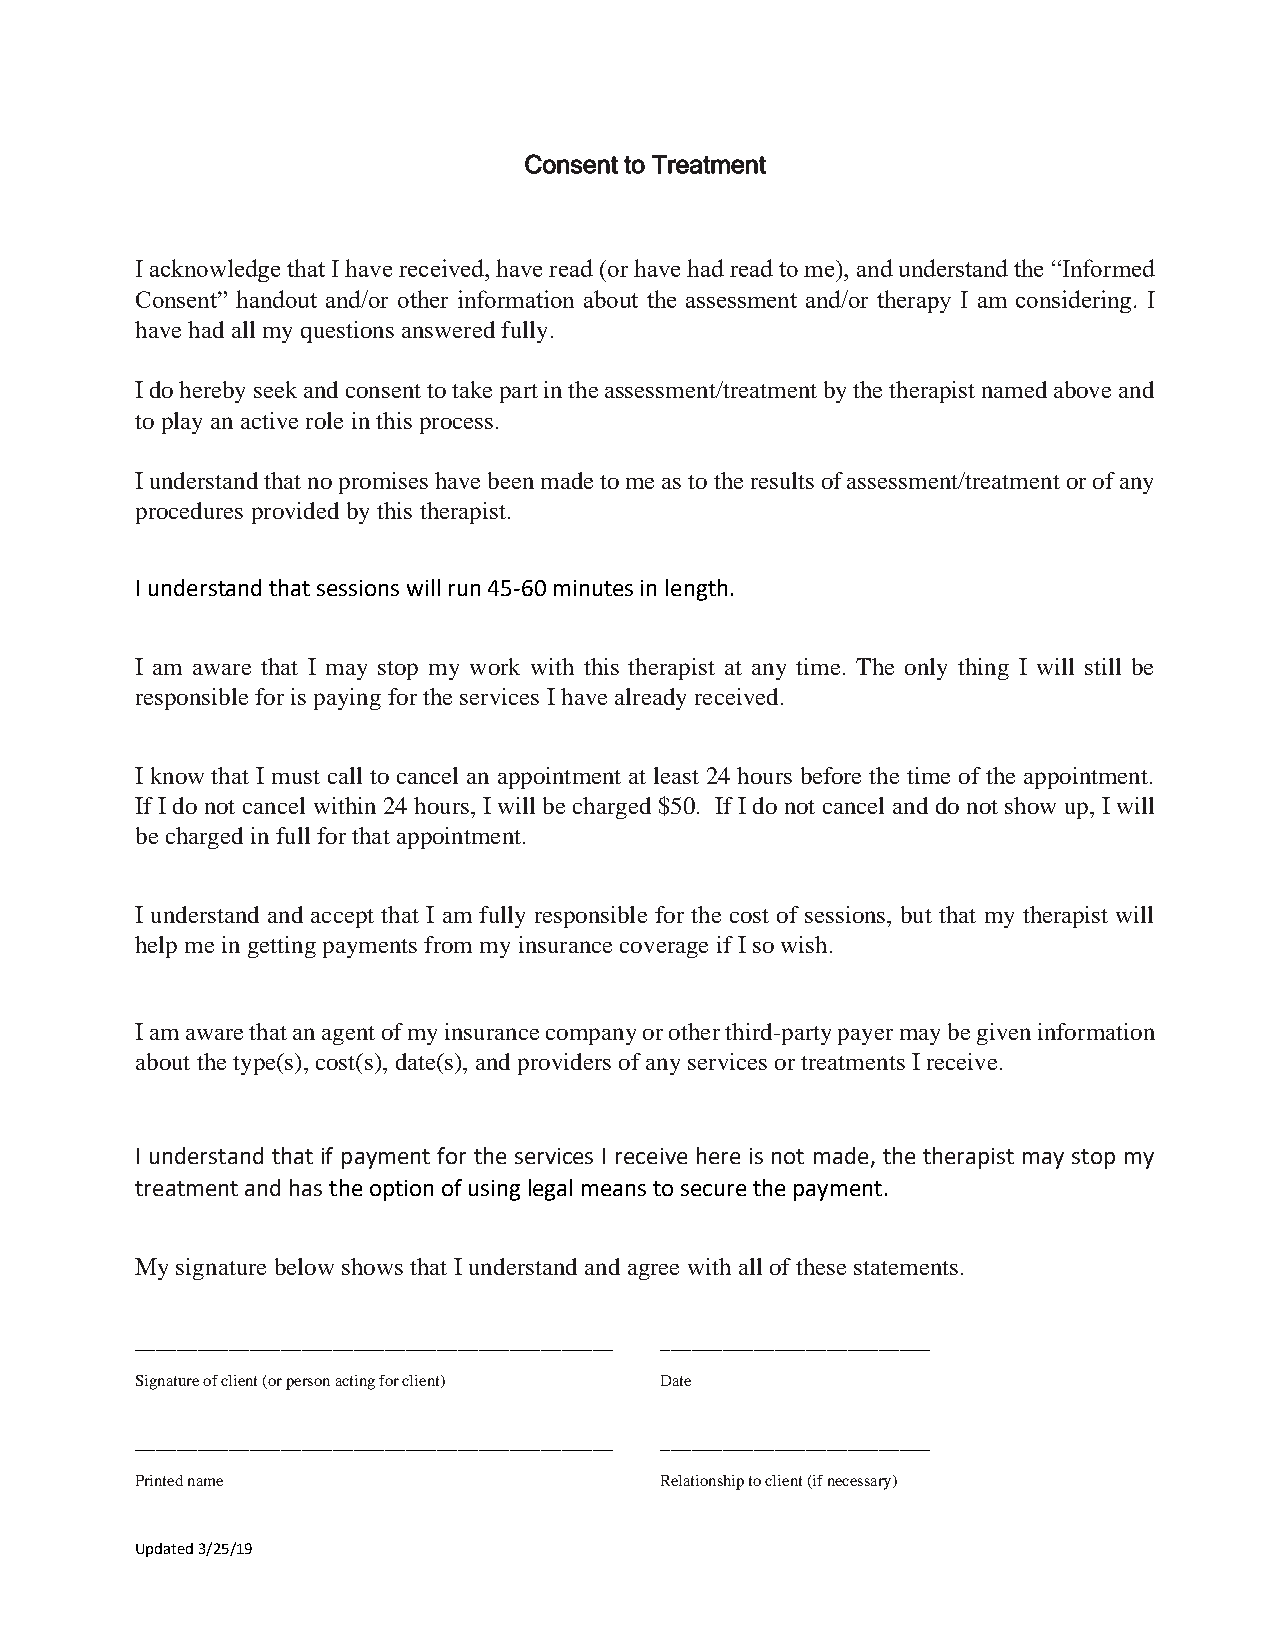
Consent to Treatment
 I acknowledge that I have received, have read (or have had read to me), and understand the “Informed
 Consent” handout and/or other information about the assessment and/or therapy I am considering. I
 have had all my questions answered fully.
 I do hereby seek and consent to take part in the assessment/treatment by the therapist named above and
 to play an active role in this process.
 I understand that no promises have been made to me as to the results of assessment/treatment or of any
 procedures provided by this therapist.
 I understand that sessions will run 45-60 minutes in length.
 I am aware that I may stop my work with this therapist at any time. The only thing I will still be
 responsible for is paying for the services I have already received.
 I know that I must call to cancel an appointment at least 24 hours before the time of the appointment.
 If I do not cancel within 24 hours, I will be charged $50. If I do not cancel and do not show up, I will
 be charged in full for that appointment.
 I understand and accept that I am fully responsible for the cost of sessions, but that my therapist will
 help me in getting payments from my insurance coverage if I so wish.
 I am aware that an agent of my insurance company or other third-party payer may be given information
 about the type(s), cost(s), date(s), and providers of any services or treatments I receive.
 I understand that if payment for the services I receive here is not made, the therapist may stop my
 treatment and has the option of using legal means to secure the payment.
 My signature below shows that I understand and agree with all of these statements.
 ______________________________________________ __________________________
 Signature of client (or person acting for client) Date
 ______________________________________________ __________________________
 Printed name                       Relationship to client (if necessary)
 Updated 3/25/19